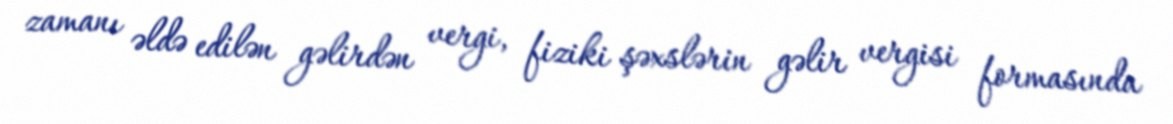
zamanı əldə edilən gəlirdən vergi, fiziki şəxslərin gəlir vergisi formasında